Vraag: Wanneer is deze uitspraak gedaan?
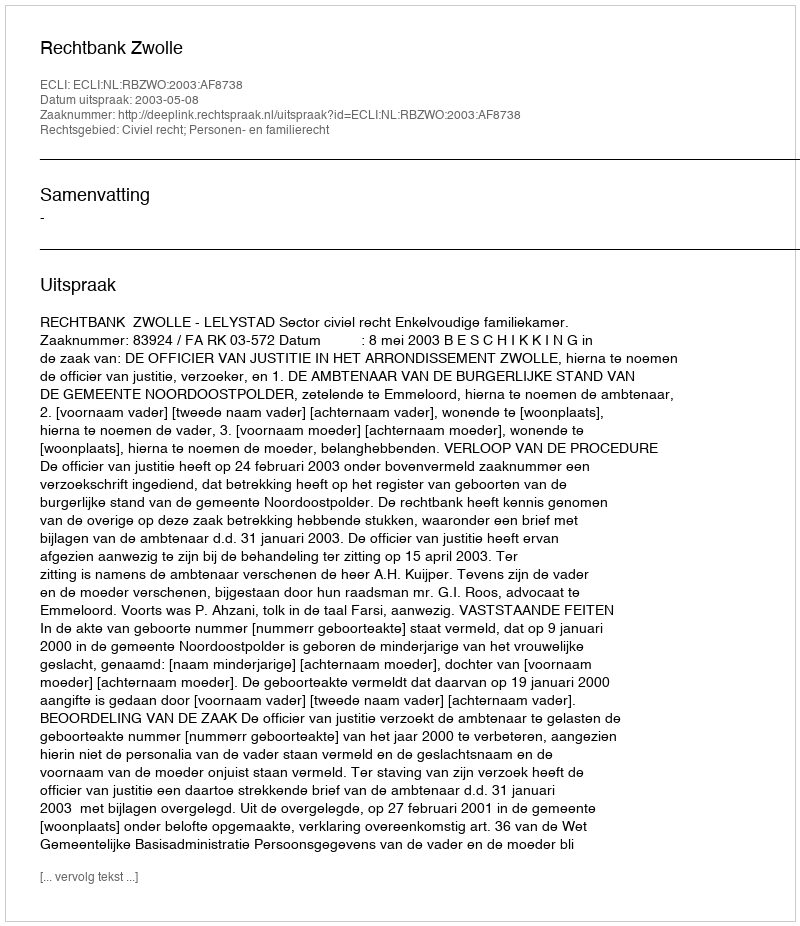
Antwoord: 2003-05-08